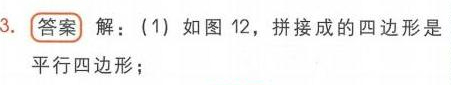
3. 答案 解：(1) 如图 12，拼接成的四边形是平行四边形；